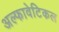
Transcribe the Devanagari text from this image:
अल्फावेटिकल